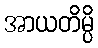
အာယတိမ္ပိ